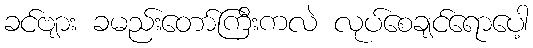
ခင်ဗျား ခမည်းတော်ကြီးကလဲ လုပ်စေချင်ရောပေါ့